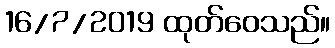
16/7/2019 ထုတ်ဝေသည်။